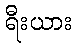
ရီးယား